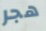
هجر